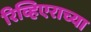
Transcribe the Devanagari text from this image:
रिव्हिएराच्या